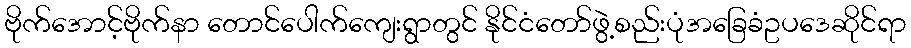
ဗိုက်အောင့်ဗိုက်နာ တောင်ပေါက်ကျေးရွာတွင် နိုင်ငံတော်ဖွဲ့စည်းပုံအခြေခံဥပဒေဆိုင်ရာ